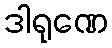
ဒါရုဏေ